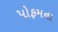
પોફમના